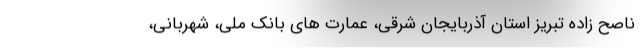
ناصح زاده تبریز استان آذربایجان شرقی، عمارت های بانک ملی، شهربانی،